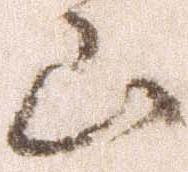
山